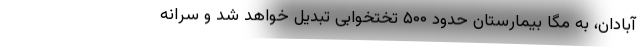
آبادان، به مگا بیمارستانِ حدود ۵۰۰ تختخوابی تبدیل خواهد شد و سرانه